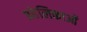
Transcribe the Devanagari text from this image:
प्रहेलिकाओं